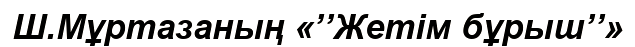
Ш.Мұртазаның «’’Жетім бұрыш’’»